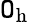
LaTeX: \mathtt{O}_{\mathrm{{h}}}